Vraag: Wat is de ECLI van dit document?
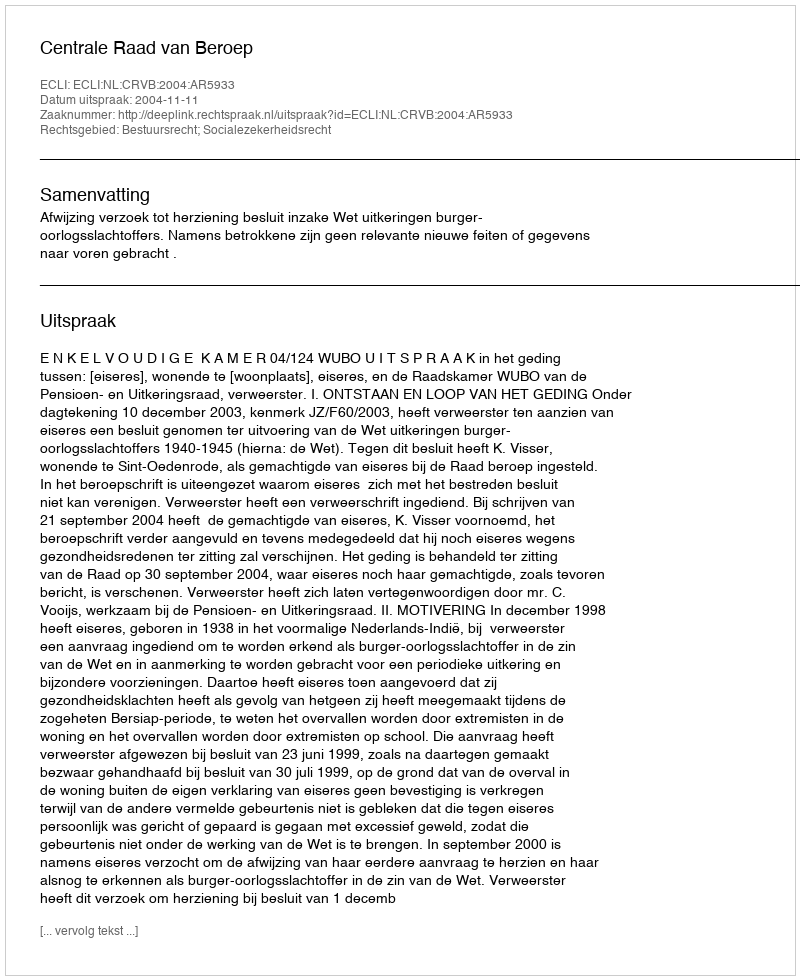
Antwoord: ECLI:NL:CRVB:2004:AR5933